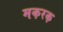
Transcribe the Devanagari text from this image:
मकरक